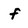
Character: f